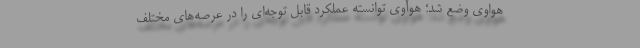
هواوی وضع شد؛ هوآوی توانسته عملکرد قابل توجه‌ای را در عرصه‌های مختلف